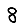
Digit: 8